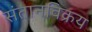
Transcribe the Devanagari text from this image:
संतानविक्रय